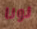
نونا